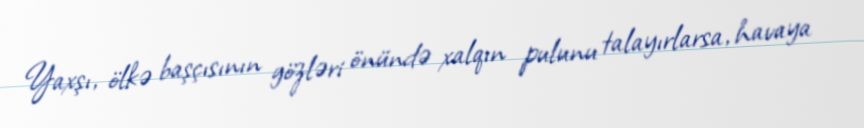
Yaxşı, ölkə başçısının gözləri önündə xalqın pulunu talayırlarsa, havaya